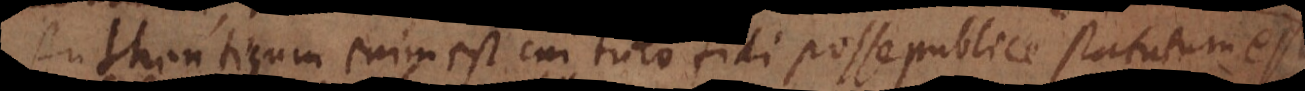
Authenticum enim est cui tuto fidi posse publice statutum est,